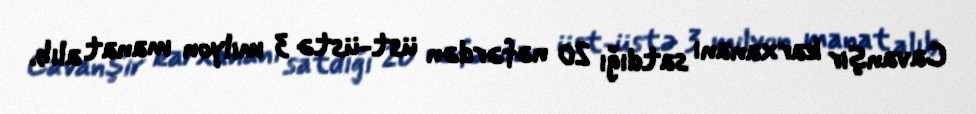
Cavanşir karxananı satdığı 20 nəfərdən üst-üstə 3 milyon manat alıb.